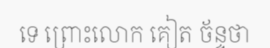
ទេ ព្រោះលោក គៀត ច័ន្ទថា